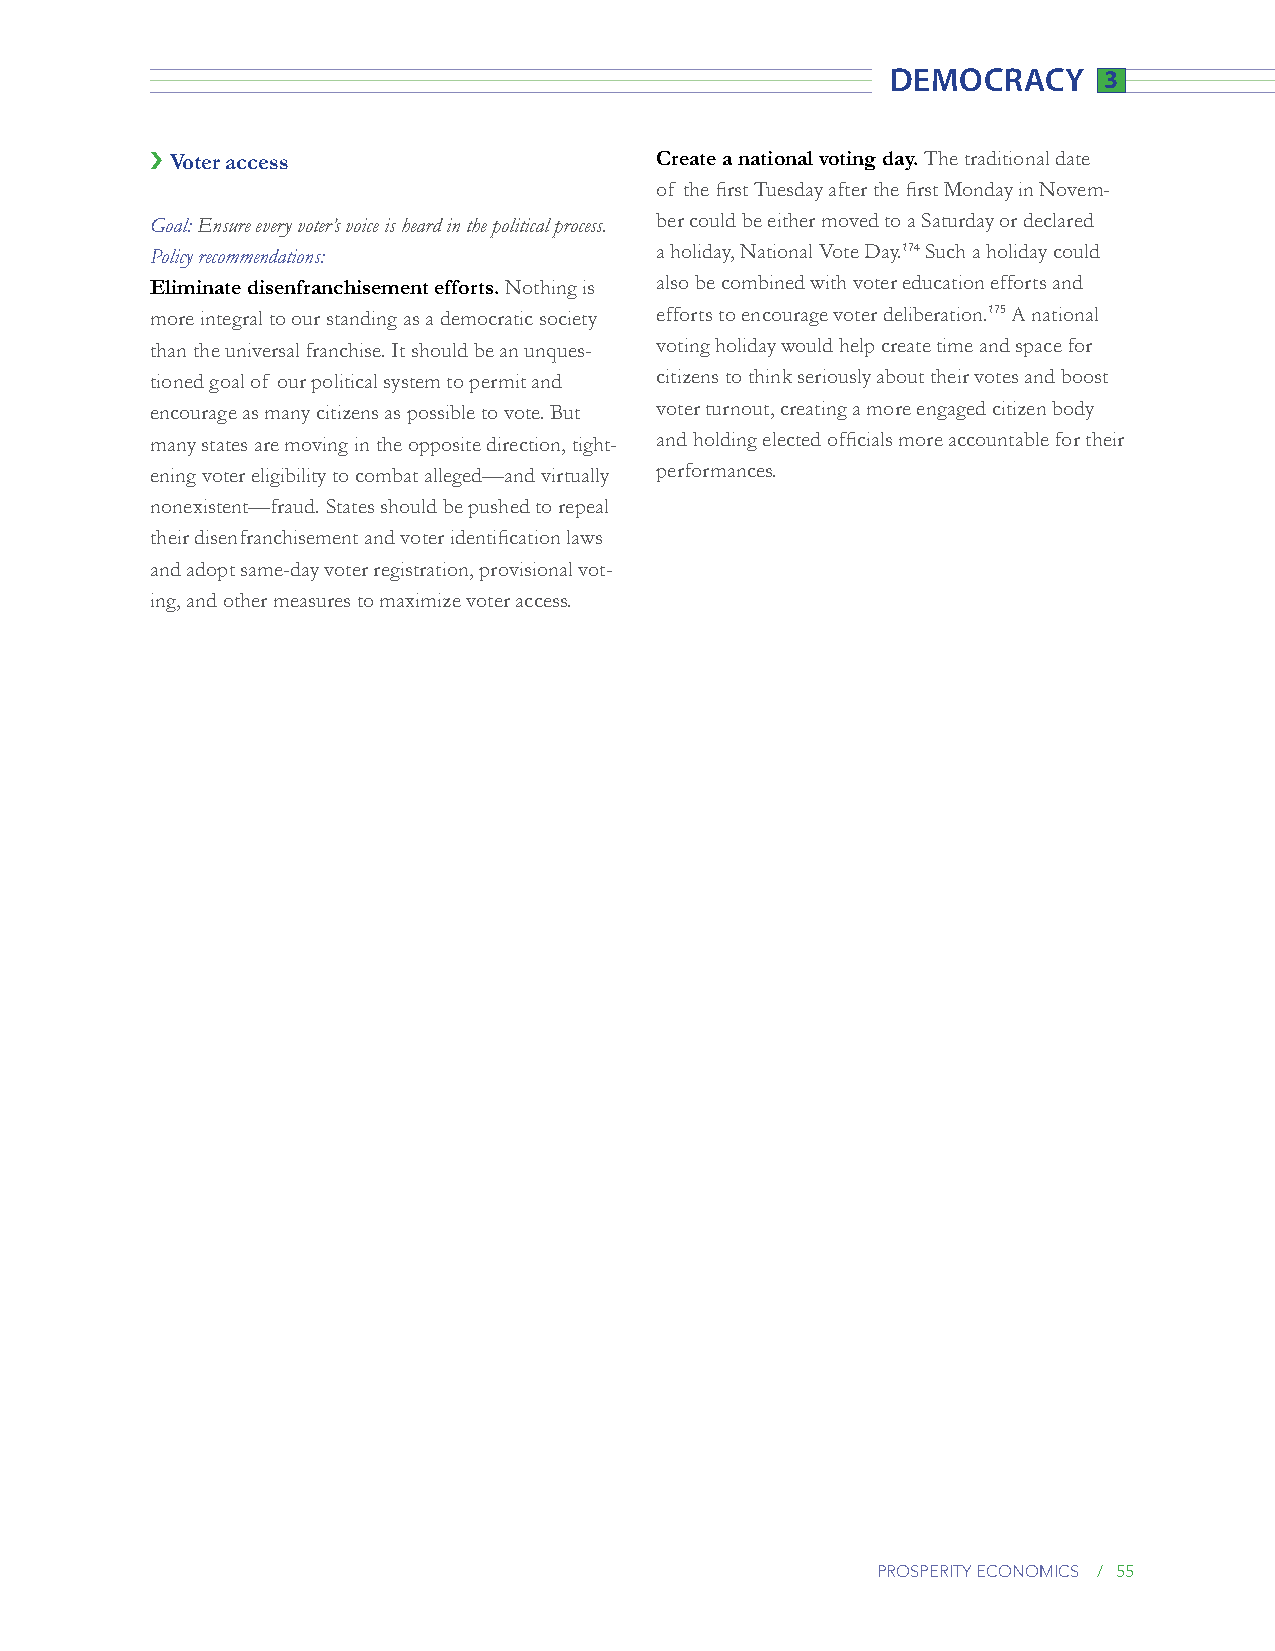
democracy     3
 › Voter access                   Create a national voting day. The traditional date
 of the first Tuesday after the first Monday in Novem-
 Goal: Ensure every voter’s voice is heard in the political process. ber could be either moved to a Saturday or declared
 Policy recommendations:          a holiday, National Vote Day.174 Such a holiday could
 Eliminate disenfranchisement efforts. Nothing is also be combined with voter education efforts and
 more integral to our standing as a democratic society efforts to encourage voter deliberation.175 A national
 than the universal franchise. It should be an unques- voting holiday would help create time and space for
 tioned goal of our political system to permit and citizens to think seriously about their votes and boost
 encourage as many citizens as possible to vote. But voter turnout, creating a more engaged citizen body
 many states are moving in the opposite direction, tight- and holding elected officials more accountable for their
 ening voter eligibility to combat alleged—and virtually performances.
 nonexistent—fraud. States should be pushed to repeal
 their disenfranchisement and voter identification laws
 and adopt same-day voter registration, provisional vot-
 ing, and other measures to maximize voter access.
 prosperity economics / 55